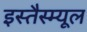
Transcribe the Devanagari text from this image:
इस्तैस्म्यूल